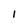
Character: I